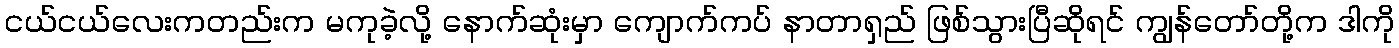
ငယ်ငယ်လေးကတည်းက မကုခဲ့လို့ နောက်ဆုံးမှာ ကျောက်ကပ် နာတာရှည် ဖြစ်သွားပြီဆိုရင် ကျွန်တော်တို့က ဒါကို